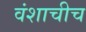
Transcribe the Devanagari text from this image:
वंशाचीच